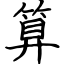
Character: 算